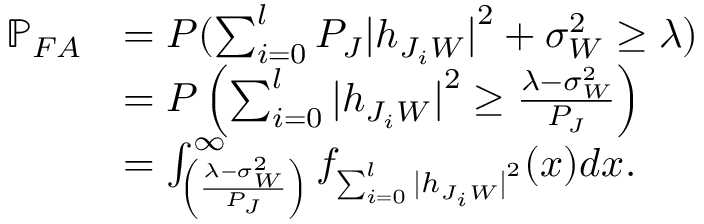
\begin{array} { r l } { \mathbb { P } _ { F A } } & { = P ( \sum _ { i = 0 } ^ { l } P _ { J } { | h _ { J _ { i } W } | } ^ { 2 } + \sigma _ { W } ^ { 2 } \geq \lambda ) } \\ & { = P \left( \sum _ { i = 0 } ^ { l } { | h _ { J _ { i } W } | } ^ { 2 } \geq \frac { \lambda - \sigma _ { W } ^ { 2 } } { P _ { J } } \right) } \\ & { = \int _ { \left( \frac { \lambda - \sigma _ { W } ^ { 2 } } { P _ { J } } \right) } ^ { \infty } f _ { \sum _ { i = 0 } ^ { l } { | h _ { J _ { i } W } | } ^ { 2 } } ( x ) d x . } \end{array}